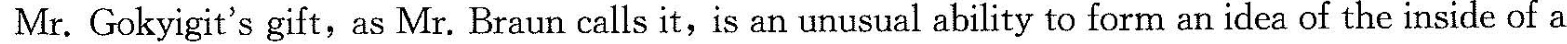
Mr. Gokyigit's gift, as Mr. Braun calls it, is an unusual ability to form an idea of the inside of a